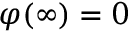
\varphi ( \infty ) = 0